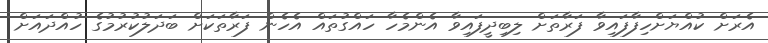
އެރަށް ކުއްޔަށްހިފާފައިވާ ފަރާތަށް ލިބިދީފައިވާ އެންމެހާ ހައްގުތައް އެހެން ފަރާތަކަށް ބަދަލުކުރުމުގެ ހުއްދައަށް